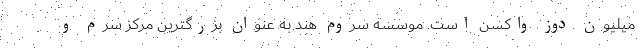
میلیون دوز واکسن است. موسسه سروم‌ هند به عنوان بزرگترین مرکز سرم و